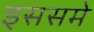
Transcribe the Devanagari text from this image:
इससमे